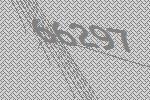
66297